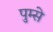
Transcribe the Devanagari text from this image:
पुम्से